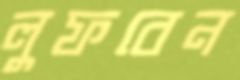
লুফবেন